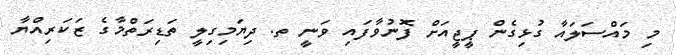
މި މައްސަލައާ ގުޅިގެން ޕީޖީއަށް ފޮނުވާފައި ވަނީ ތ. ދިޔަމިގިލީ ތަޑިރަތްމާގެ ޒަކަރިއްޔާ